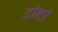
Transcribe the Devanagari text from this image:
दीन्‍हीं